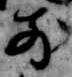
前